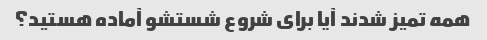
همه تمیز شدند آیا برای شروع شستشو آماده هستید؟